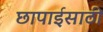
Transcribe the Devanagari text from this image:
छापाईसाठी